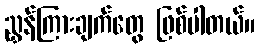
ညွှန်ကြားချက်တွေ ဖြစ်ပါတယ်။